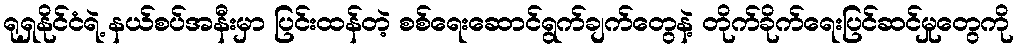
ရုရှနိုင်ငံရဲ့ နယ်စပ်အနီးမှာ ပြင်းထန်တဲ့ စစ်ရေးဆောင်ရွက်ချက်တွေနဲ့ တိုက်ခိုက်ရေးပြင်ဆင်မှုတွေကို